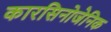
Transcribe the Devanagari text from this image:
कारसिनोजेनिक